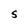
Character: S